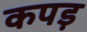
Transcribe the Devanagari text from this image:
कपड़